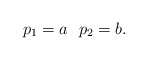
\begin{align*} p_1 = a \ \ p_2 = b.\end{align*}